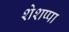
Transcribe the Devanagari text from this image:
शेशप्पा